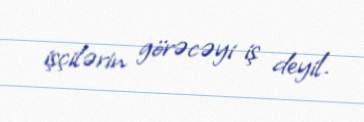
işçilərin görəcəyi iş deyil.